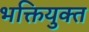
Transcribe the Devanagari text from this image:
भक्तियुक्‍त